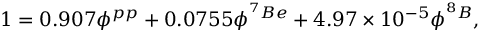
1 = 0 . 9 0 7 \phi ^ { p p } + 0 . 0 7 5 5 \phi ^ { ^ 7 B e } + 4 . 9 7 \times 1 0 ^ { - 5 } \phi ^ { ^ 8 B } ,